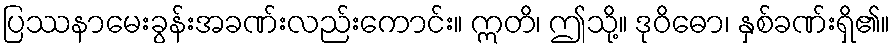
ပြဿနာမေးခွန်းအခဏ်းလည်းကောင်း။ ဣတိ၊ ဤသို့။ ဒုဝိဓော၊ နှစ်ခဏ်းရှိ၏။